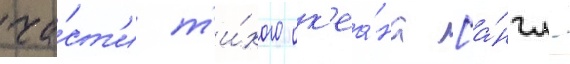
ча́ст'и т'и́хого ок'еа́на [а́нгл.